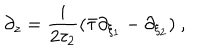
\partial _ { z } = \frac { i } { 2 \tau _ { 2 } } ( \bar { \tau } \partial _ { \xi _ { 1 } } - \partial _ { \xi _ { 2 } } ) ~ ,